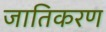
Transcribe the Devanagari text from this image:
जातिकरण